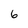
Character: 6